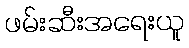
ဖမ်းဆီးအရေးယူ